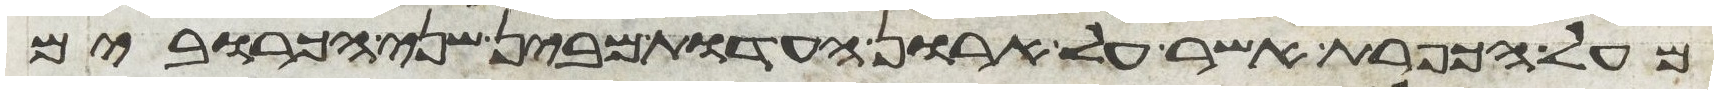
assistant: מעל הכפרת אשר על ארון העדות מבין שני הכרובים